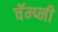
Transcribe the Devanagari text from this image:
चॅम्प्नी